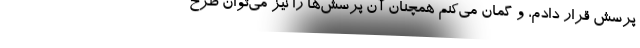
پرسش قرار دادم، و گمان می‌کنم همچنان آن پرسش‌ها را نیز می‌توان طرح